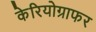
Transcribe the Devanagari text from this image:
केरियोग्राफर